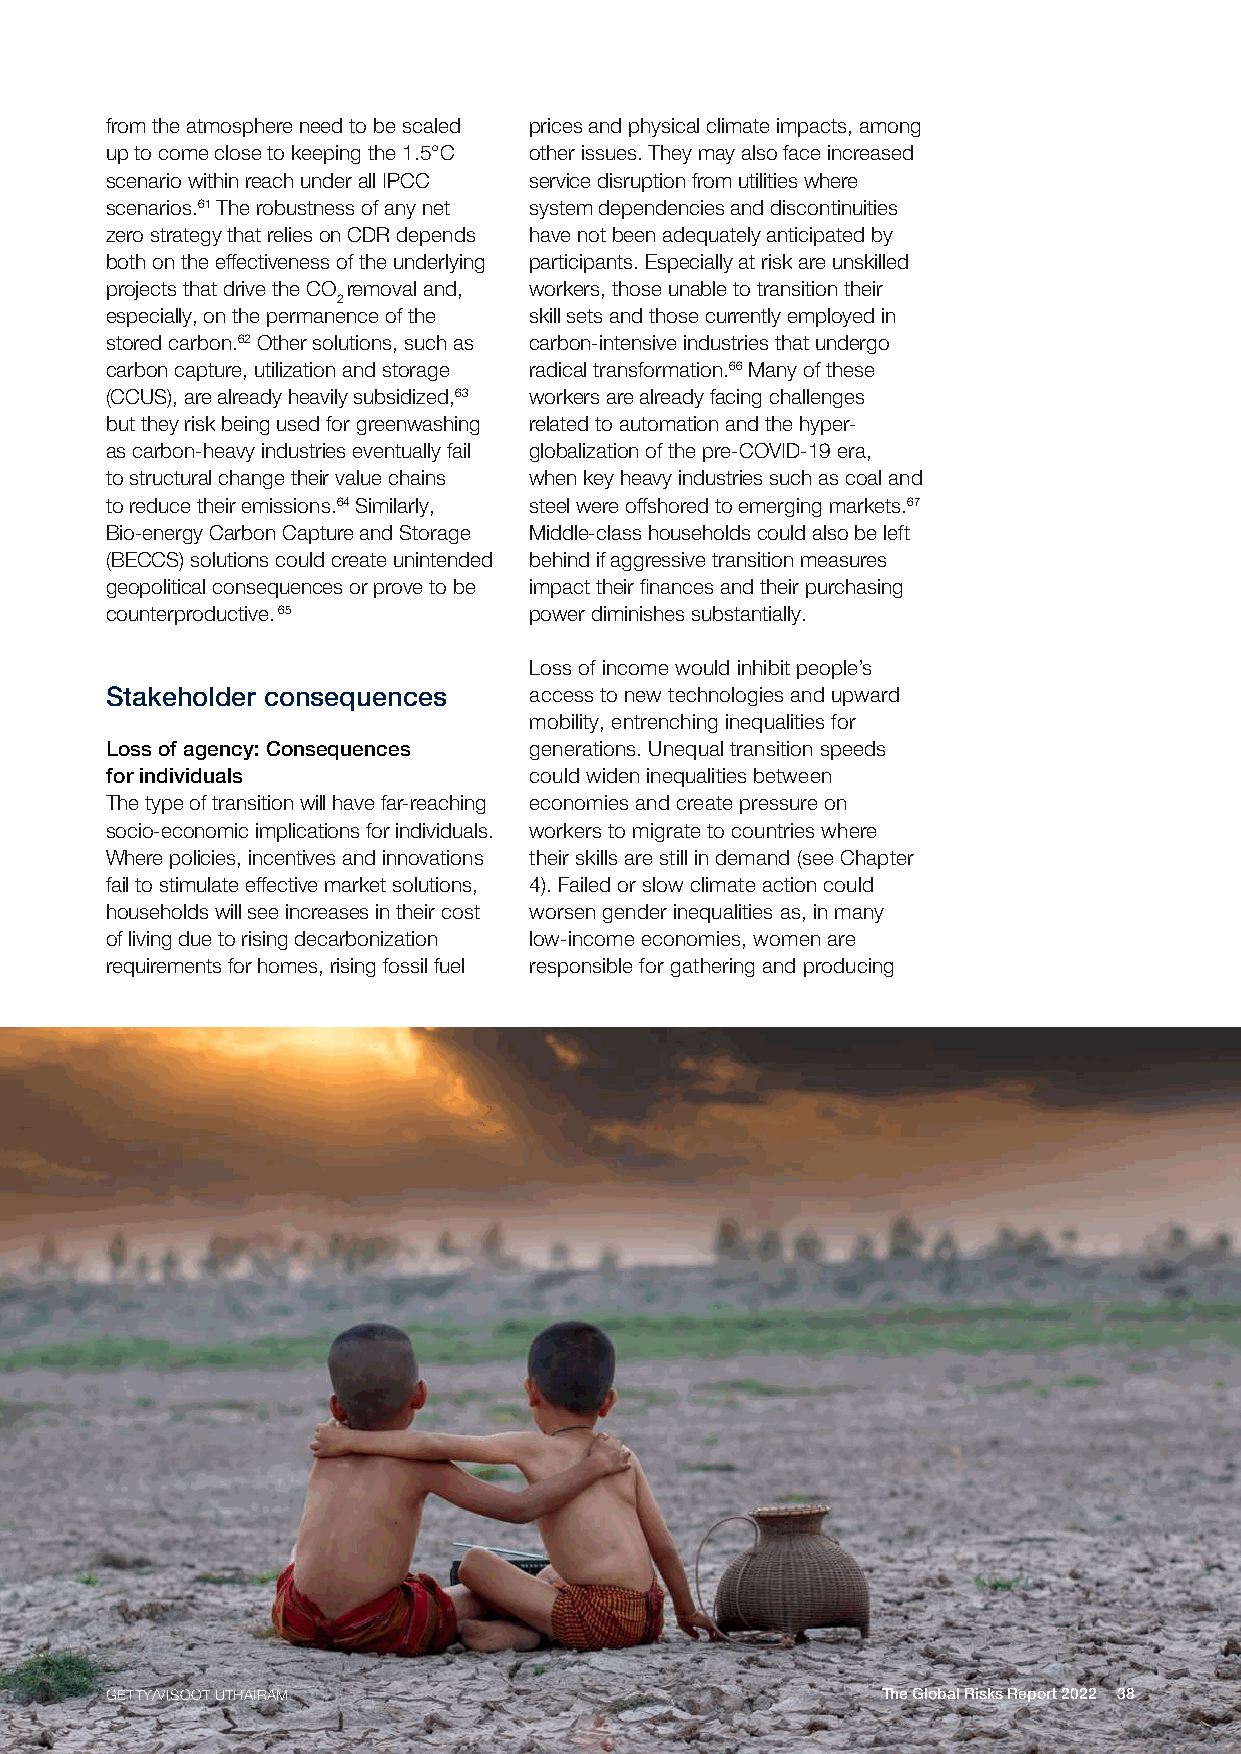
from the atmosphere need to be scaled prices and physical climate impacts, among
 up to come close to keeping the 1.5°C other issues. They may also face increased
 scenario within reach under all IPCC service disruption from utilities where
 scenarios.61 The robustness of any net system dependencies and discontinuities
 zero strategy that relies on CDR depends have not been adequately anticipated by
 both on the effectiveness of the underlying participants. Especially at risk are unskilled
 projects that drive the CO removal and, workers, those unable to transition their
 2
 especially, on the permanence of the skill sets and those currently employed in
 stored carbon.62 Other solutions, such as carbon-intensive industries that undergo
 carbon capture, utilization and storage radical transformation.66 Many of these
 (CCUS), are already heavily subsidized,63 workers are already facing challenges
 but they risk being used for greenwashing related to automation and the hyper-
 as carbon-heavy industries eventually fail globalization of the pre-COVID-19 era,
 to structural change their value chains when key heavy industries such as coal and
 to reduce their emissions.64 Similarly, steel were offshored to emerging markets.67
 Bio-energy Carbon Capture and Storage Middle-class households could also be left
 (BECCS) solutions could create unintended behind if aggressive transition measures
 geopolitical consequences or prove to be impact their finances and their purchasing
 counterproductive. 65       power diminishes substantially.
 Loss of income would inhibit people’s
 Stakeholder consequences    access to new technologies and upward
 mobility, entrenching inequalities for
 Loss of agency: Consequences generations. Unequal transition speeds
 for individuals             could widen inequalities between
 The type of transition will have far-reaching economies and create pressure on
 socio-economic implications for individuals. workers to migrate to countries where
 Where policies, incentives and innovations their skills are still in demand (see Chapter
 fail to stimulate effective market solutions, 4). Failed or slow climate action could
 households will see increases in their cost worsen gender inequalities as, in many
 of living due to rising decarbonization low-income economies, women are
 requirements for homes, rising fossil fuel responsible for gathering and producing
 GETTY/VISOOT UTHAIRAM                              The Global Risks Report 2022 38